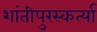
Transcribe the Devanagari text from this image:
शांतीपुरस्कर्त्या